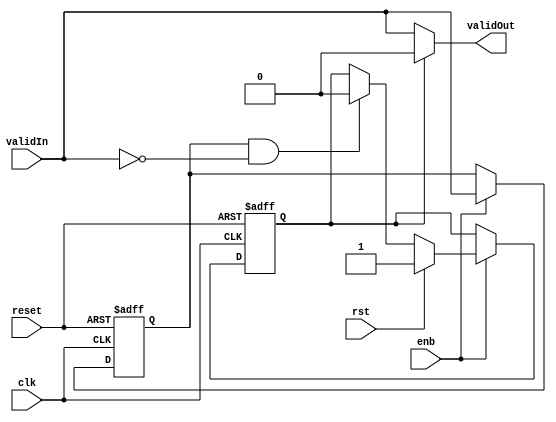
// -------------------------------------------------------------
// 
// 
// Generated by MATLAB 9.8 and HDL Coder 3.16
// 
// -------------------------------------------------------------


// -------------------------------------------------------------
// 
// Module: MATLAB_Function
// Source Path: NRPolarEncodeHDL/HDL Algorithm/NR Polar Encoder/encode/MATLAB Function
// Hierarchy Level: 3
// 
// -------------------------------------------------------------

`timescale 1 ns / 1 ns

module MATLAB_Function
          (clk,
           reset,
           enb,
           validIn,
           rst,
           validOut);


  input   clk;
  input   reset;
  input   enb;
  input   validIn;
  input   rst;
  output  validOut;


  reg  validOut_1;
  reg  reg_rst;
  reg  reg_valid;
  reg  reg_rst_next;
  reg  reg_valid_next;


  always @(posedge clk or posedge reset)
    begin : whdledac_c15_MATLAB_Function_process
      if (reset == 1'b1) begin
        reg_rst <= 1'b0;
        reg_valid <= 1'b0;
      end
      else begin
        if (enb) begin
          reg_rst <= reg_rst_next;
          reg_valid <= reg_valid_next;
        end
      end
    end

  always @(reg_rst, reg_valid, rst, validIn) begin
    if (reg_rst) begin
      validOut_1 = 1'b0;
    end
    else begin
      validOut_1 = validIn;
    end
    reg_rst_next = reg_rst;
    if (rst) begin
      reg_rst_next = 1'b1;
    end
    else if (reg_valid && ( ! validIn)) begin
      reg_rst_next = 1'b0;
    end
    reg_valid_next = validIn;
  end



  assign validOut = validOut_1;

endmodule  // MATLAB_Function